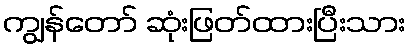
ကျွန်တော် ဆုံးဖြတ်ထားပြီးသား